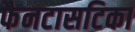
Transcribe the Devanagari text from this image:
फैनटासटिका